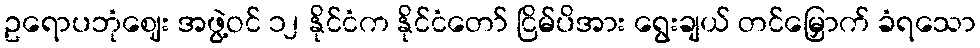
ဥရောပဘုံဈေး အဖွဲ့ဝင် ၁၂ နိုင်ငံက နိုင်ငံတော် ငြိမ်ပိအား ရွေးချယ် တင်မြှောက် ခံရသော